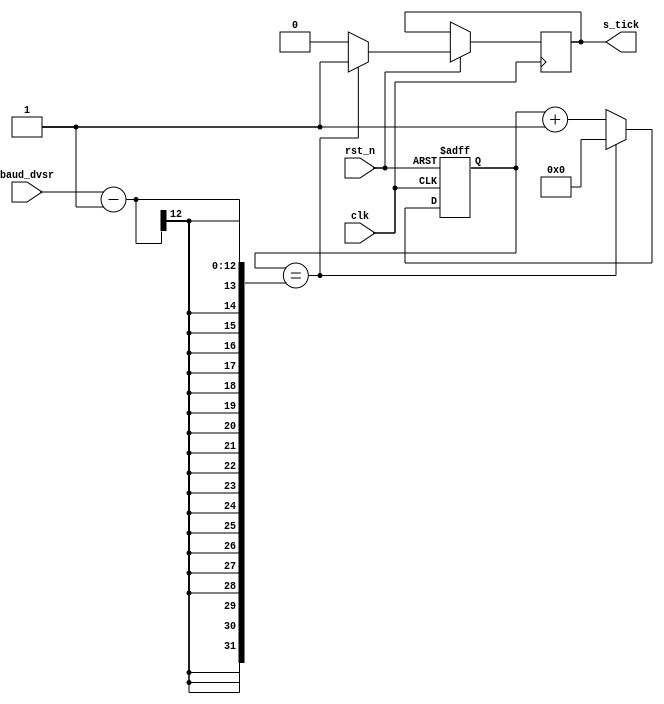
`timescale 1ns / 1ps

module baud_generator
	(
	input clk,rst_n,
	input[11:0] baud_dvsr, //2605 for 12000baud , 1303 for 2400baud , 652 for 4800baud , 326 for 9600baud , 162 for 19200 , 27 for 115200
	output reg s_tick
    );
	 reg[11:0] counter=0;
	 always @(posedge clk,negedge rst_n) begin
		if(!rst_n) counter<=0;
		else begin
			s_tick=0;
			if(counter==baud_dvsr-1) begin
				s_tick=1;
				counter<=0;
			end
			else begin
				counter<=counter+1;
			end
			
		end
	 end
	 
endmodule